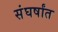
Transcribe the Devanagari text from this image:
संघर्षांत